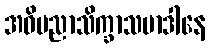
အဓိပညာသိက္ခာသမာဒါနေ